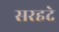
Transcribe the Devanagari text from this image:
सरहदे